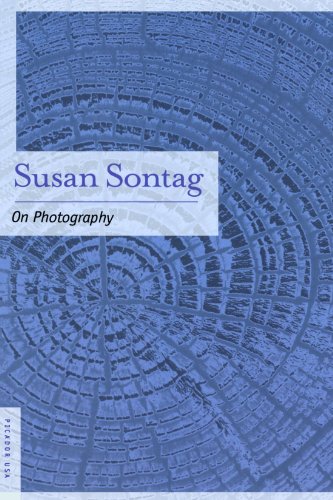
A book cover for On Photography; Susan Sontag; Arts & Photography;